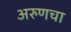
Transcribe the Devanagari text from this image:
अरुणचा